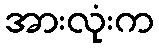
အားလုံးက